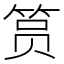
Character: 筼